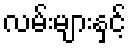
လမ်းများနှင့်